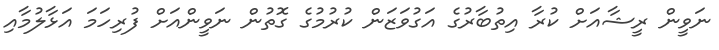
ނަވީން ރީޝާއަށް ކުރާ އިތުބާރުގެ އަގުވަޒަން ކުރުމުގެ ގޮތުން ނަވީންއަށް ފުރިހަމަ އަޅާލުމާއި